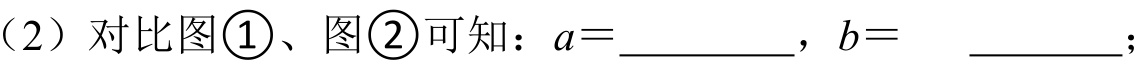
（2）对比图\textcircled{1}、图\textcircled{2}可知：\(a = \underline{\quad\quad}\)，\(b = \underline{\quad\quad}\)；